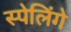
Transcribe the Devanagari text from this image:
स्पेलिंगे